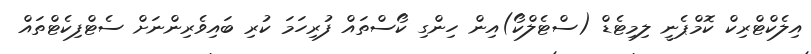
އިލެކްޓްރިކް ކޮމްޕެނީ ލިމިޓެޑް (ސްޓެލްކޯ)އިން ހިންގި ކޯސްތައް ފުރިހަމަ ކުރި ބައިވެރިންނަށް ސެޓްފިކެޓްތައް